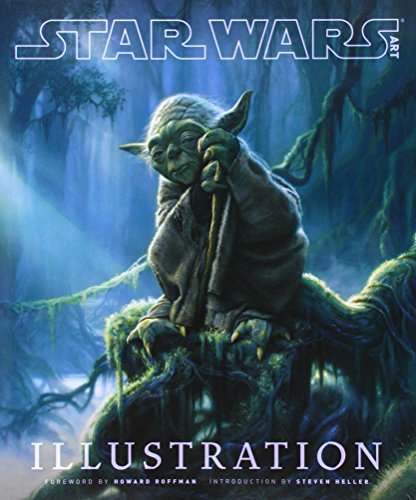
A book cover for Star Wars Art: Illustration (Star Wars Art Series); Humor & Entertainment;